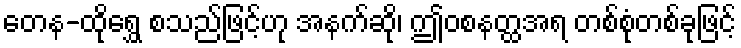
တေန-ထိုရွှေ စသည်ဖြင့်ဟု အနက်ဆို၊ ဤဝစနတ္ထအရ တစ်စုံတစ်ခုဖြင့်